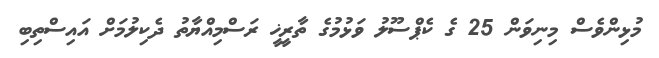
މުޅިންވެސް މިނިވަން 25 ގެ ކެޕްސޫލު ވަޅުމުގެ ތާރީޚީ ރަސްމިއްޔާތު ދެކިލުމަށް އައިސްތިބި